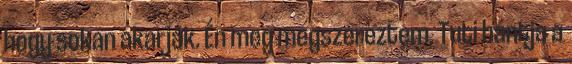
hogy sokan akarják. Én meg megszereztem. Tuti bántja a